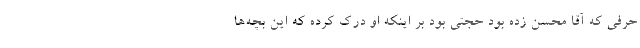
حرفی که آقا محسن زده بود حجتی بود بر اینکه او درک کرده که این بچه‌ها